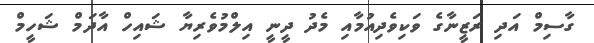
ގާސިމް އަދި ރަޒީނާގެ ވަކިވެދިއުމާއި މެދު ދީނީ އިލްމުވެރިޔާ ޝައިހް އާދަމް ޝަހީމް